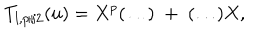
T _ { l , p / 2 } ( u ) = X ^ { p } ( \ldots ) \; + \; ( \ldots ) X ,